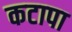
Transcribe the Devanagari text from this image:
कटापा